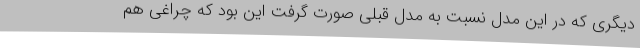
دیگری که در این مدل نسبت به مدل قبلی صورت گرفت این بود که چراغی هم